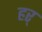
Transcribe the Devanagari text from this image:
हर्